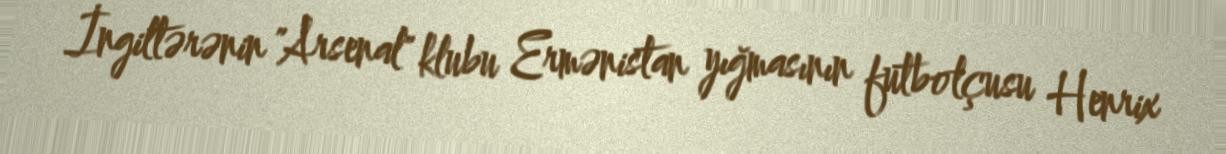
İngiltərənin "Arsenal" klubu Ermənistan yığmasının futbolçusu Henrix